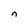
Character: n